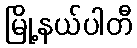
မြို့နယ်ပါတီ